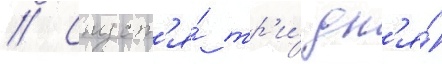
// Спуст'я́ тр'и́ дн'я́